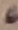
Text: 6